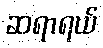
ဆရာရယ်